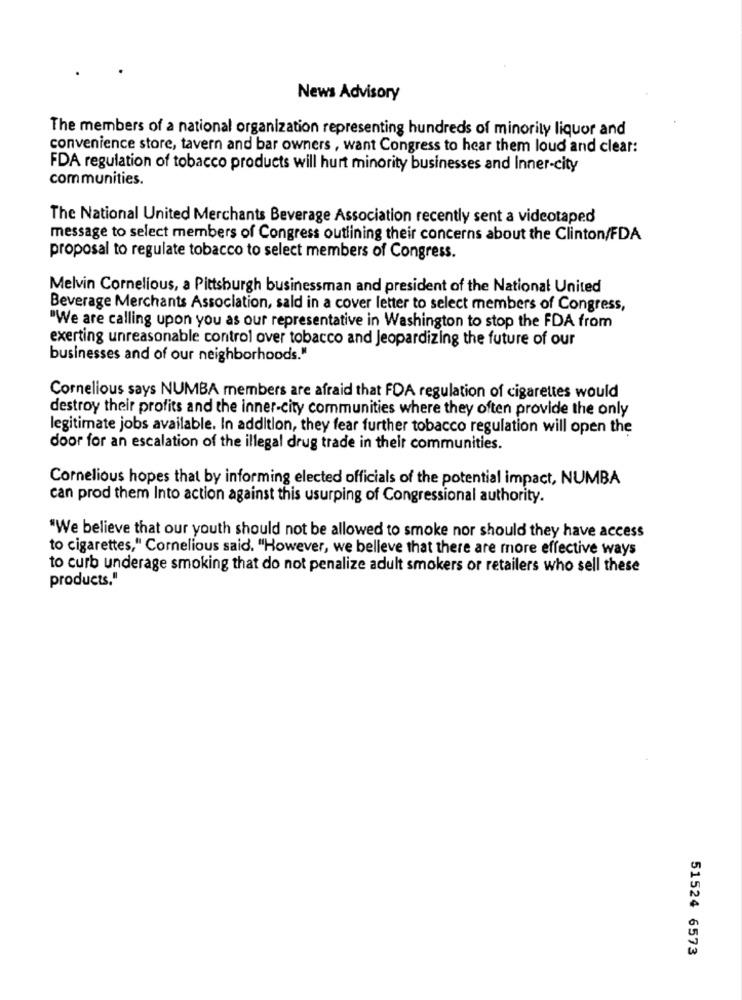
News Advisory
The members of a national organization representing hundreds of minority liquor and
convenience store, tavern and bar owners , want Congress to hear them loud and clear:
FDA regulation of tobacco products will hurt minority businesses and Inner-city
communities.
The National United Merchants Beverage Association recently sent a videotaped
message to select members of Congress outlining their concerns about the Clinton/FDA
proposal to regulate tobacco to select members of Congress.
Melvin Cornelious, a Pittsburgh businessman and president of the National United
Beverage Merchants Association, sald in a cover letter to select members of Congress,
"We are calling upon you as our representative in Washington to stop the FDA from
exerting unreasonable control over tobacco and Jeopardizing the future of our
businesses and of our neighborhoods."
Cornelious says NUMBA members are afraid that FDA regulation of cigarettes would
destroy their profits and the inner-city communities where they often provide the only
legitimate jobs available. In addition, they fear further tobacco regulation will open the
door for an escalation of the illegal drug trade in their communities.
Cornelious hopes that by informing elected officials of the potential impact, NUMBA
can prod them Into action against this usurping of Congressional authority.
"We believe that our youth should not be allowed to smoke nor should they have access
to cigarettes," Cornelious said. "However, we belleve that there are more effective ways
to curb underage smoking that do not penalize adult smokers or retailers who sell these
products."
51524 6573